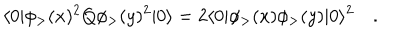
\langle 0 | \phi _ { > } ( x ) ^ { 2 } Q \phi _ { > } ( y ) ^ { 2 } | 0 \rangle = 2 \langle 0 | \phi _ { > } ( x ) \phi _ { > } ( y ) | 0 \rangle ^ { 2 } \quad .